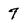
Character: 7